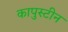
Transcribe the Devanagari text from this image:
कापुस्टीन